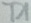
Text: T1